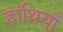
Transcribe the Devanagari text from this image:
हाथियाँ